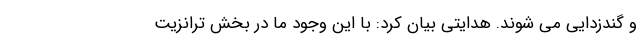
و گندزدایی می شوند. هدایتی بیان کرد: با این وجود ما در بخش ترانزیت